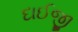
દાઈજી